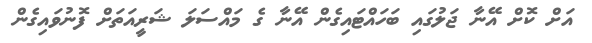
އަށް ކޮށް އޭނާ ޖަލުގައި ބަހައްޓައިގެން އޭނާ ގެ މައްސަލަ ޝަރީއަތަށް ފޮނުވައިގެން